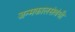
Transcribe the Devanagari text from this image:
जन्मकालसंबंधी